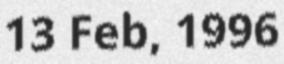
13 Feb, 1996